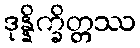
ဒုန္နိက္ခိတ္တဿ